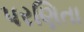
પરણિતા